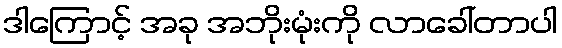
ဒါကြောင့် အခု အဘိုးမုံးကို လာခေါ်တာပါ